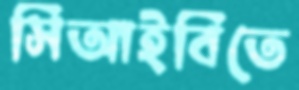
সিআইবিতে